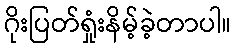
ဂိုးပြတ်ရှုံးနိမ့်ခဲ့တာပါ။